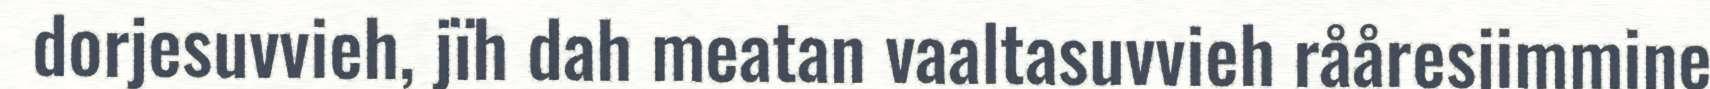
dorjesuvvieh, jïh dah meatan vaaltasuvvieh rååresjimmine